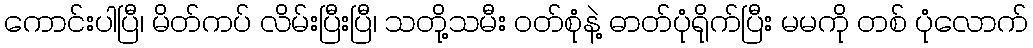
ကောင်းပါပြီ၊ မိတ်ကပ် လိမ်းပြီးပြီ၊ သတို့သမီး ဝတ်စုံနဲ့ ဓာတ်ပုံရိုက်ပြီး မမကို တစ် ပုံလောက်